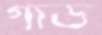
গার্ড